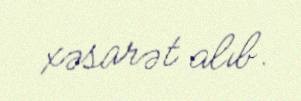
xəsarət alıb.